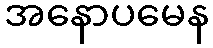
အနောပမေန